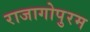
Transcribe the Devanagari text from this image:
राजागोपुरम